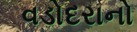
વડોદરાનો